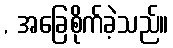
, အခြေစိုက်ခဲ့သည်။